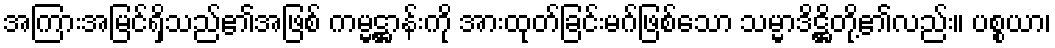
အကြားအမြင်ရှိသည်၏အဖြစ် ကမ္မဋ္ဌာန်းကို အားထုတ်ခြင်းမဂ်ဖြစ်သော သမ္မာဒိဋ္ဌိတို့၏လည်း။ ပစ္စယာ၊